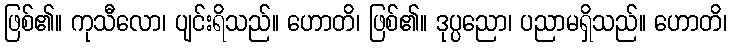
ဖြစ်၏။ ကုသီလော၊ ပျင်းရိသည်။ ဟောတိ၊ ဖြစ်၏။ ဒုပ္ပညော၊ ပညာမရှိသည်။ ဟောတိ၊